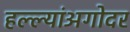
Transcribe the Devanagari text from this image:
हल्ल्यांअगोदर